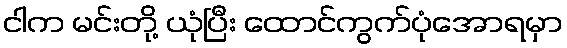
ငါက မင်းတို့ ယုံပြီး ထောင်ကွက်ပုံအောရမှာ